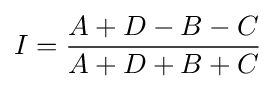
I={A+D-B-C \over A+D+B+C}